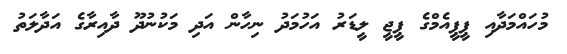
މުހައްމަދާއި ޕީޕީއެމްގެ ޕީޖީ ލީޑަރު އަހުމަދު ނިހާން އަދި މަކުނުދޫ ދާއިރާގެ އަދާލަތު